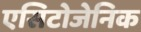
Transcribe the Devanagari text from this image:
एसिटोजेनिक